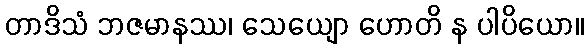
တာဒိသံ ဘဇမာနဿ၊ သေယျော ဟောတိ န ပါပိယော။